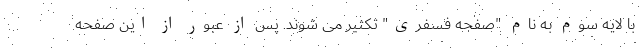
با لایه سوم به نام "صفحه فسفری" تکثیر می شوند. پس از عبور از این صفحه